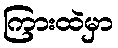
ကြားထဲမှာ